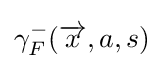
\gamma _{F}^{-}({\overrightarrow {x}},a,s)